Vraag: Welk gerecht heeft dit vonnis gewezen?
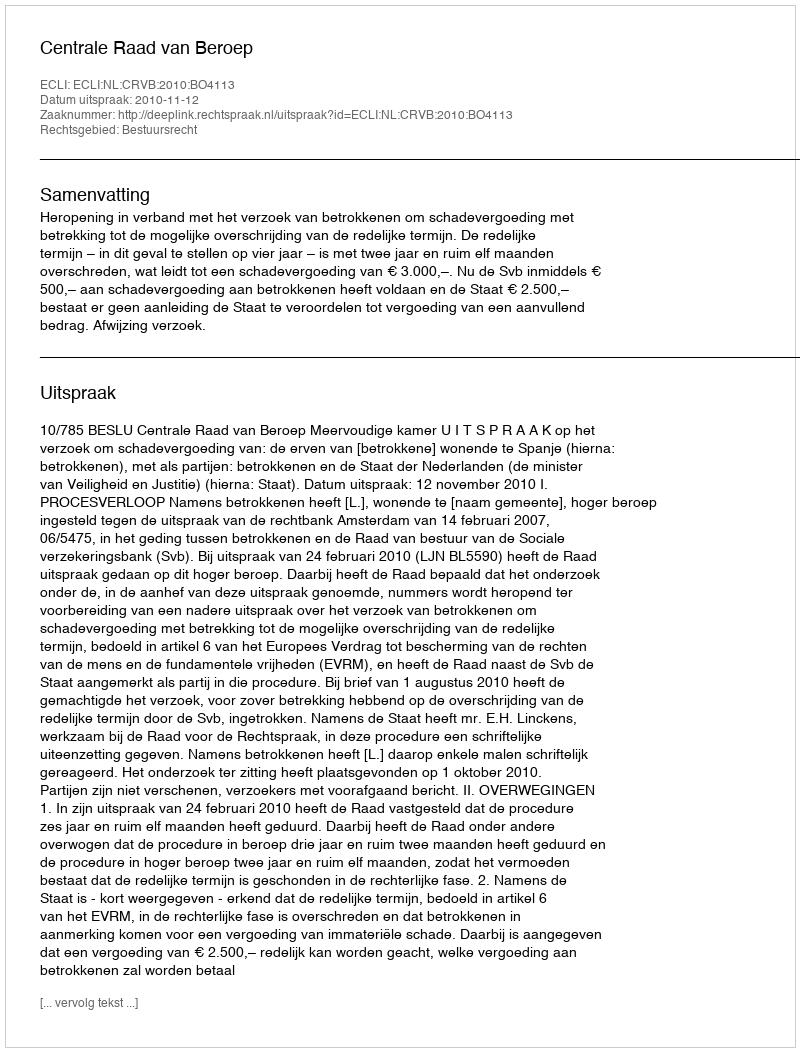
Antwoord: Centrale Raad van Beroep